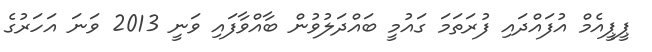
ޕީޕީއެމް އުފައްދައި ފުރަތަމަ ގައުމީ ބައްދަލުވުން ބާއްވާފައި ވަނީ 2013 ވަނަ އަހަރުގެ